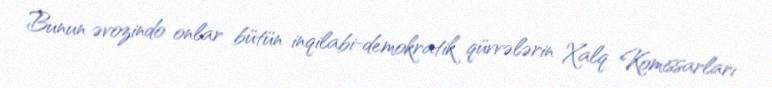
Bunun əvozindo onlar bütün inqilabi-demokratik qüvvələrin Xalq Komissarları